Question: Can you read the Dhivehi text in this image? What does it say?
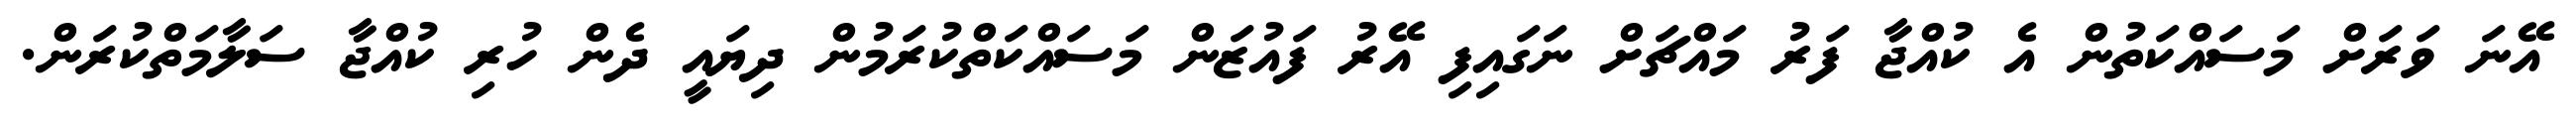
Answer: އޭނަ ވަރަށް މަސައްކަތުން އެ ކުއްޖާ ފަރު މައްޗަށް ނަގައިފި އޭރު ފައުޒަން މަސައްކަތްކުރަމުން ދިޔައީ ދެން ހުރި ކުއްޖާ ސަލާމަތްކުރަން.